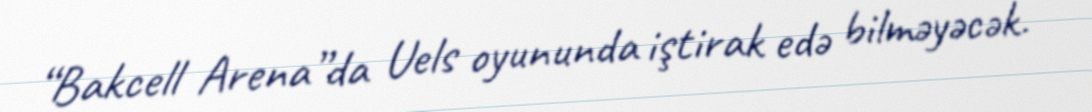
“Bakcell Arena”da Uels oyununda iştirak edə bilməyəcək.